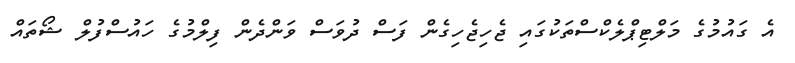
އެ ގައުމުގެ މަލްޓިޕްލެކްސްތަކުގައި ޖެހިޖެހިގެން ފަސް ދުވަސް ވަންދެން ފިލްމުގެ ހައުސްފުލް ޝޯތައް